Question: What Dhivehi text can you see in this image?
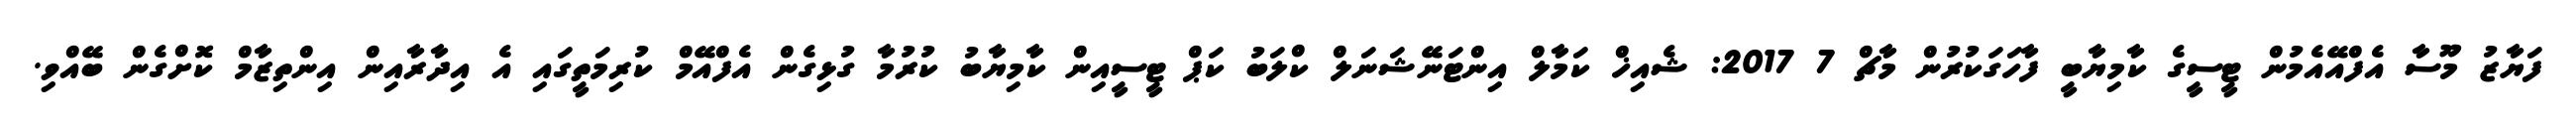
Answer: ފަޔާޒު މޫސާ އެފްއޭއެމުން ޓީސީގެ ކާމިޔާބީ ފާހަގަކުރުން މާޗް 7 2017: ޝެއިޚް ކަމާލް އިންޓަނޭޝަނަލް ކްލަބު ކަޕް ޓީސީއިން ކާމިޔާބު ކުރުމާ ގުޅިގެން އެފްއޭމް ކުރިމަތީގައި އެ އިދާރާއިން އިންތިޒާމް ކޮށްގެން ބޭއްވި.